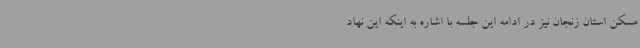
مسکن استان زنجان نیز در ادامه این جلسه با اشاره به اینکه این نهاد